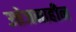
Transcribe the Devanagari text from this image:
उत्तेजनाहीन